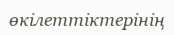
өкілеттіктерінің